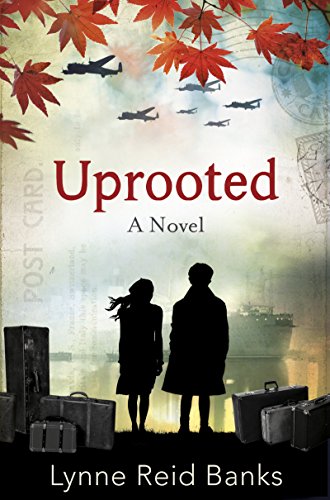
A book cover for Uprooted; Lynne Reid Banks; Children's Books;